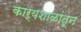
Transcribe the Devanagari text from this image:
कार्यशाळांतून